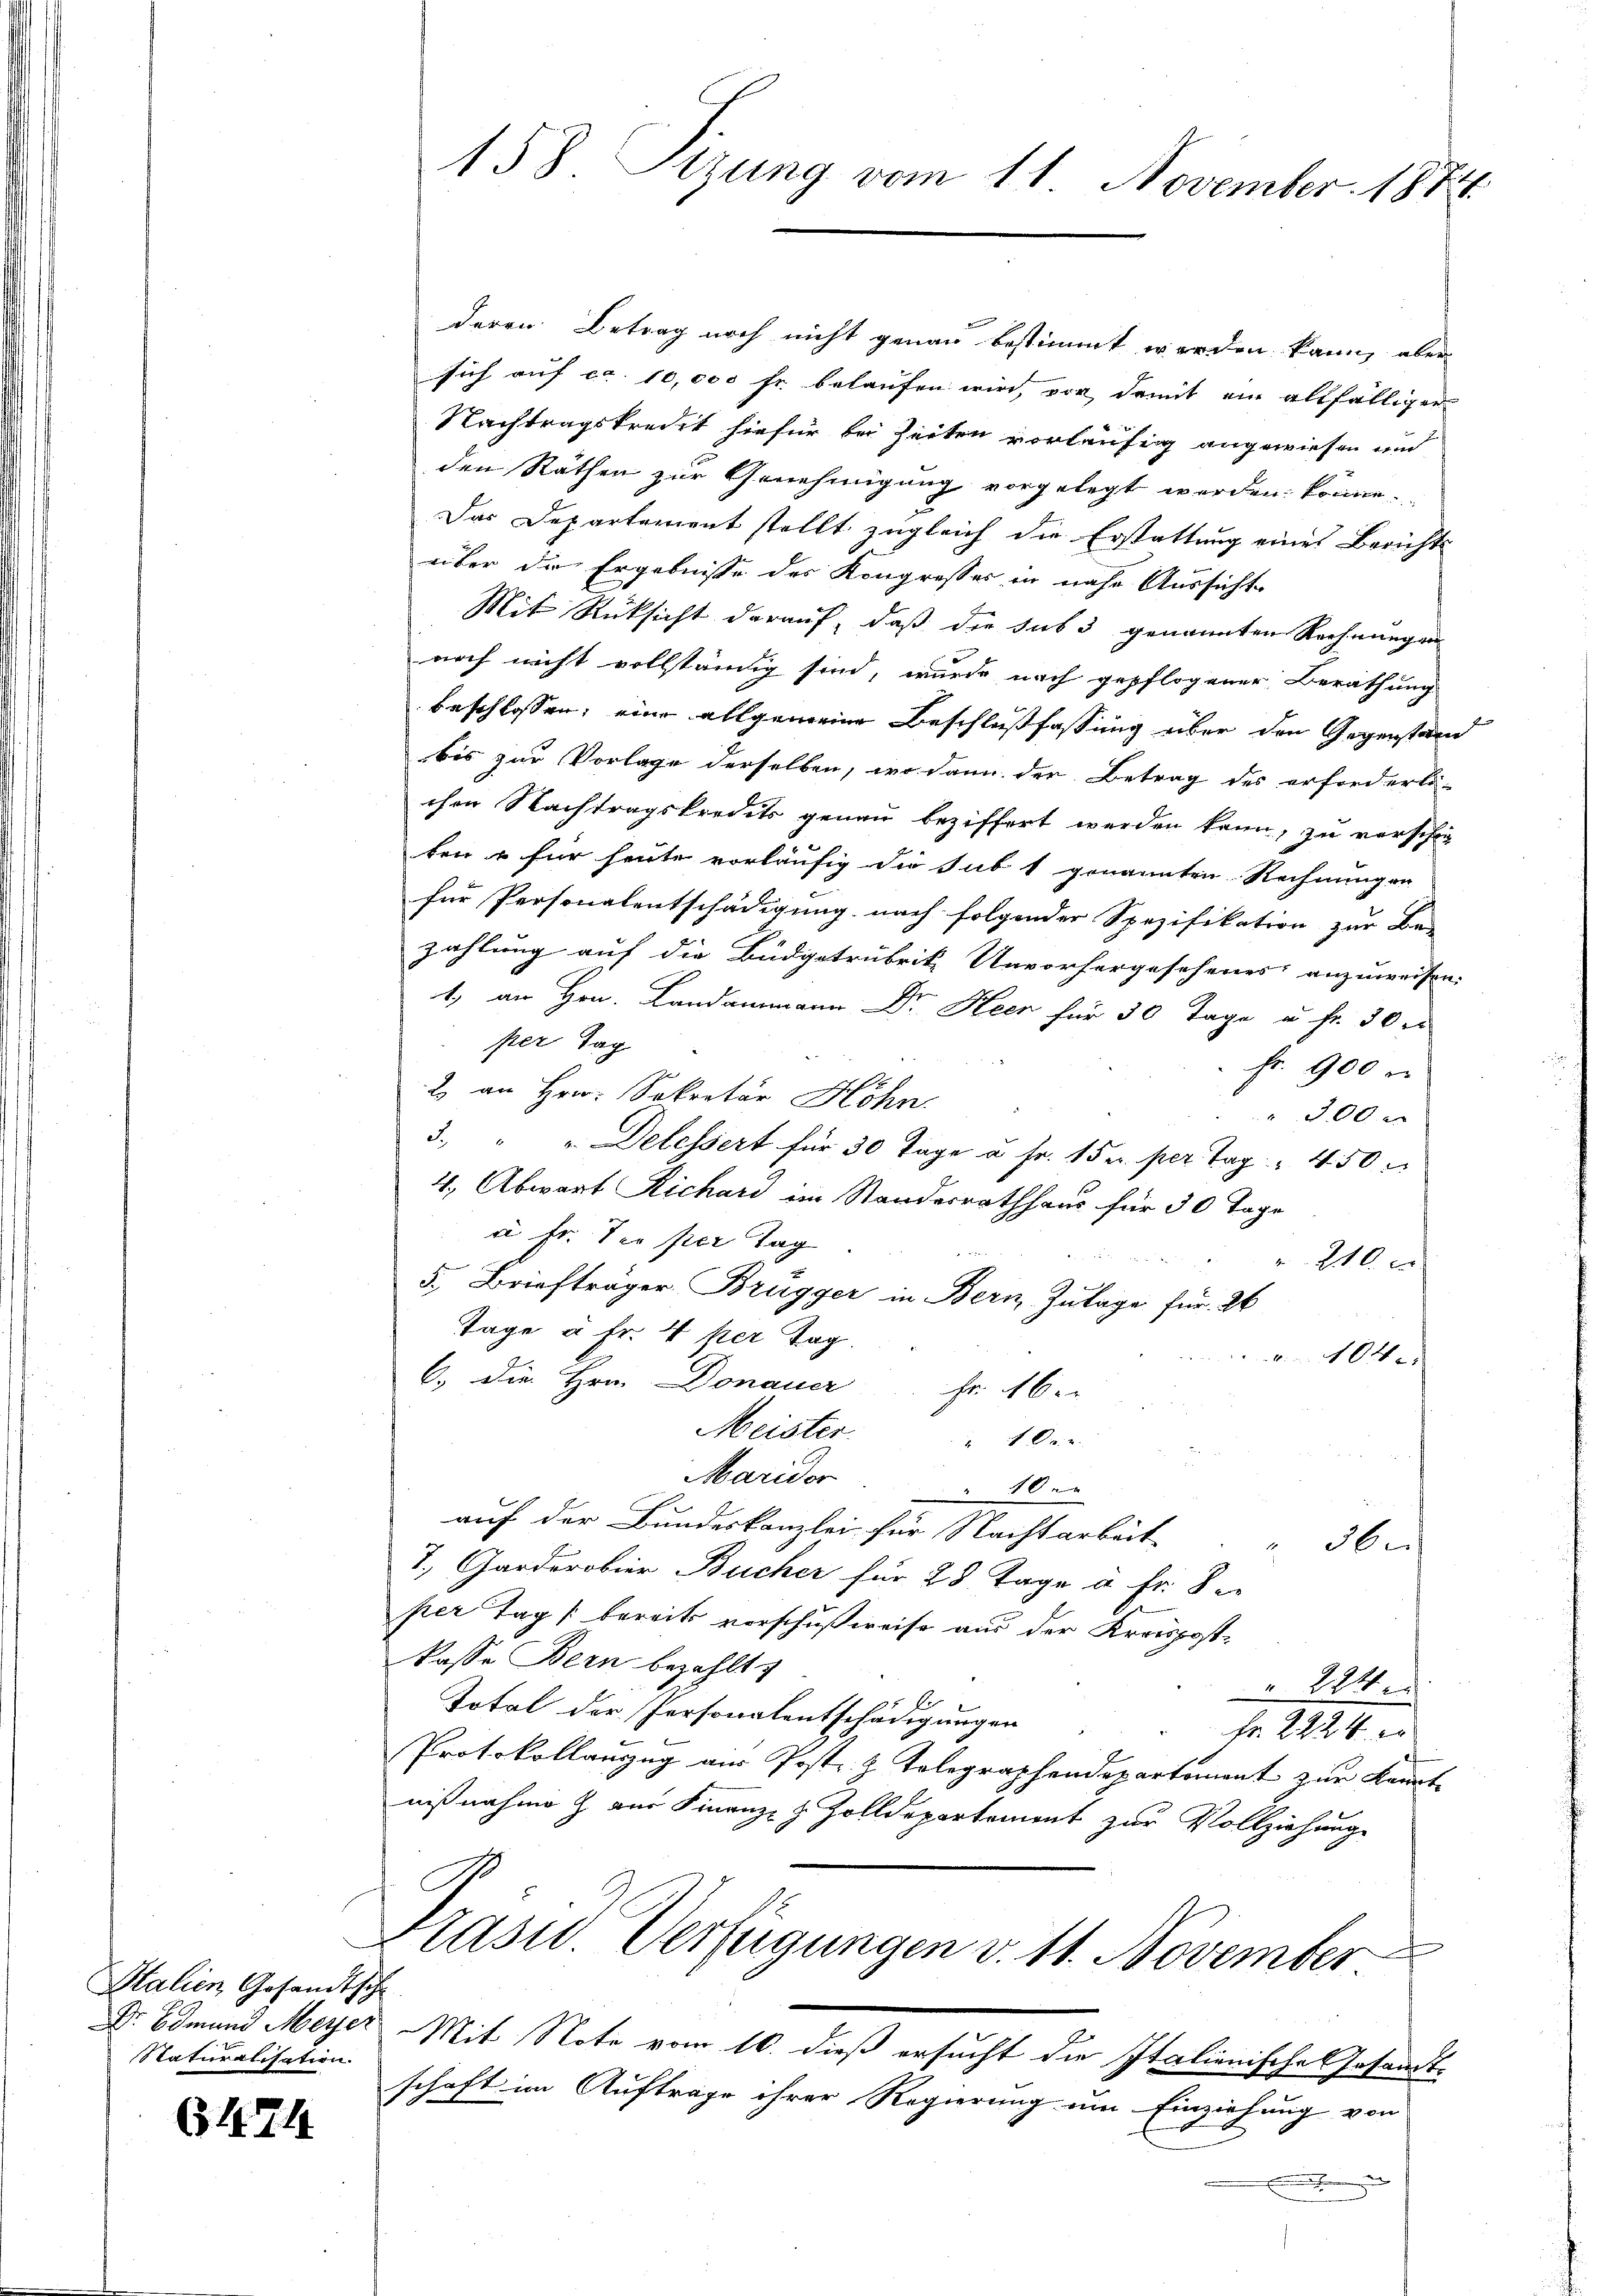
Stalien Gesandtsch
Naturalisation.

6474

158 Tizung vom 11. November 1874.

deren Betrag noch nicht genau bestimmt werden kann, aber
sich auf ca. 10,000 fr. belaufen wird, vor damit ein allfälliger
Nachtragskredit hiefür bei Zeiten vorläufig angewiesen und
den Räthen zur Genehmigung vorgelegt werden könne.
Das Departement stellt zugleich die Erstattung eines Berichts
über der Ergebnisse des Kongresser in nahe Aussicht
Mit Rücksicht darauf, daß die sub 3 genannten Rechnungen
noch nicht vollständig sind, wurde nach gepflogener Berathung
beschlossen, eine allgemeine Beschlußfassung über den Gegenstand
bis zur Vorlage derselben, wo dann der Betrag des erforderli-
chen Nachtragskredits genau beziffert werden kann, zu verschie-
ben u für heute vorläufig die sub 1 genannten Rechnungen
für Personalentschädigung nach folgender Spezifikation zur Be-
zahlung auf die Budgetrubrik Unvorhergesehenes anzuweisen.
1.) an Hrn. Landammann Dr. Heer für 30 Tage u. fr. 30 r
per Tag
 Fr. 900
2. an Hrn. Sekretär Höhn
300 x
3. " " Delessert für 30 Tage u. fr. 15 u. per Tag. 450
4., Abwart Richari im Standesrathhaus für 30 Tage
c fr. der per Tag

240 x
5. Briefträger Brügger in Bern Zulage für 26
Tage à Fr. 4 per Tag.
104
6.) Die Hrn. Donauer Fr. 16.
Meister.
1 Fr. 2.
Maridor
10.
auf der Bundeskanzlei für Nachtarbeit
 36
7. Garderobier Bücher für 28. Tage à Fr. 8
per Tag / bereits vorschußweise aus der Kreispostkasse Bern bezahlt
 224.
Total der Personalentschädigungen
Fr. 2224. er
Protokollanzug aus Post z. Telegraphendepartement zur Kenntnißnahme & aus Finanz- & Zolldepartement zur Vollziehung
Präsid. Verfügungen v. 11. November
Dr. Edmund Meyer Mit Note vom 10. dieß ersucht die Italienische Gesandtschaft im Auftrage ihrer Regierung um Einziehung von